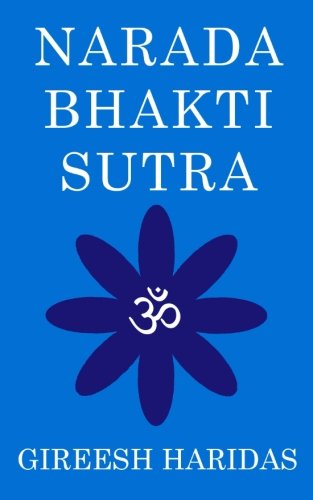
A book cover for Narada Bhakti Sutra; Gireesh Haridas; Religion & Spirituality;